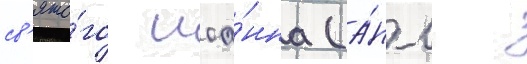
св'ято́го иоа́нна (а́нгл.